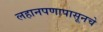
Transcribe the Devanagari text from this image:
लहानपणापासूनचे